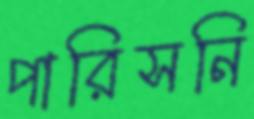
পারিসনি